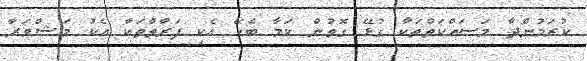
ކުރަމުންދާ މަސައްކަތްތަކާ ގުޅޭ ގޮތުން ކަމާ ބެހޭ އެކި ފަރާތްތަކާ އެކު މަޝްވަރާ